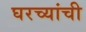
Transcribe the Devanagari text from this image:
घरच्‍यांची